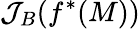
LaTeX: \mathcal{J}_{B}(f^{*}(M))